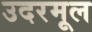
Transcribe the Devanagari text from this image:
उदरमूल